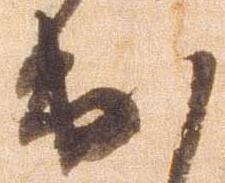
出